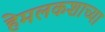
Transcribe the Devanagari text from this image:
हेमलकशाच्या